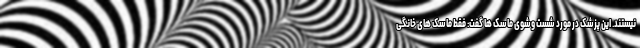
نیستند. این پزشک در مورد شست وشوی ماسک ها گفت: فقط ماسک های خانگی